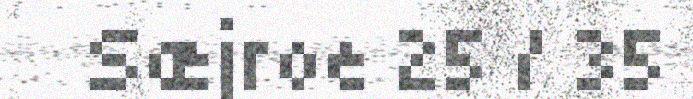
Sæjroe 25 / 35